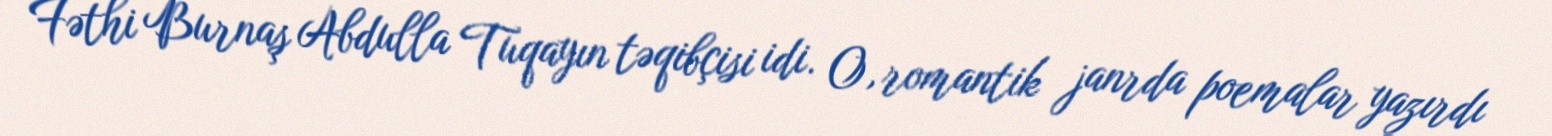
Fəthi Burnaş Abdulla Tuqayın təqibçisi idi. O, romantik janrda poemalar yazırdı